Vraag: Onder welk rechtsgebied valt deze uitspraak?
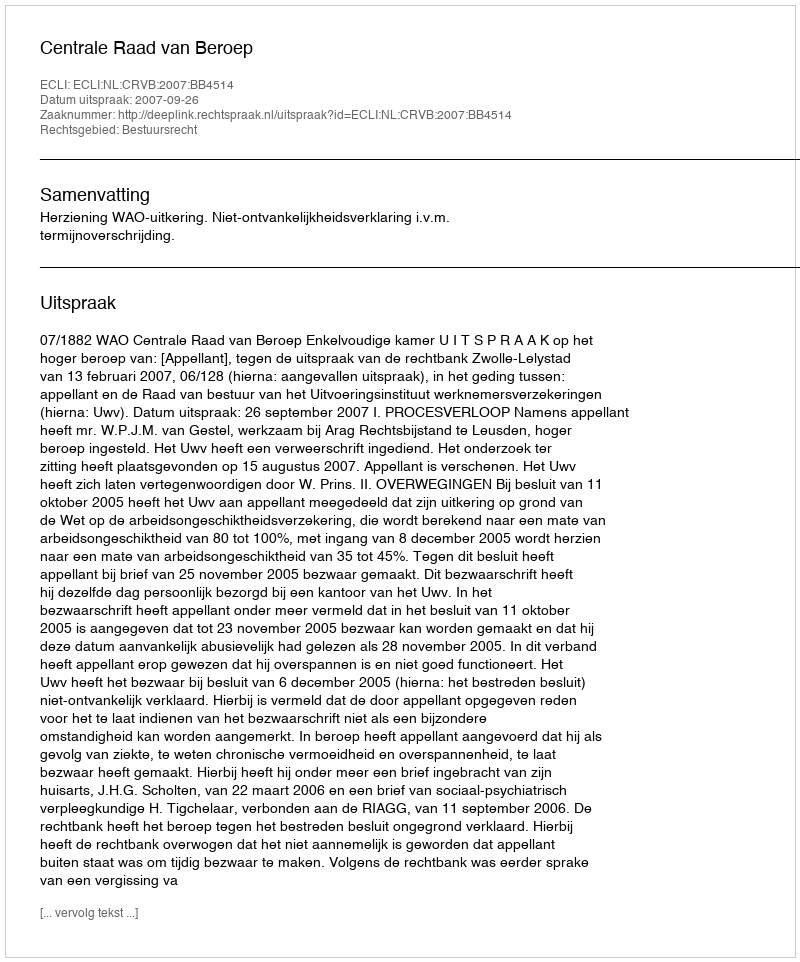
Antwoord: Bestuursrecht